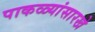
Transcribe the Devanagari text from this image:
पाकळ्यांसारखे